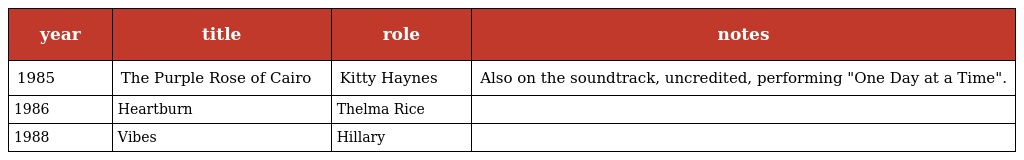
| year | title | role | notes |
 | --- | --- | --- | --- |
 | 1985 | The Purple Rose of Cairo | Kitty Haynes | Also on the soundtrack, uncredited, performing "One Day at a Time". |
 | 1986 | Heartburn | Thelma Rice |  |
 | 1988 | Vibes | Hillary |  |